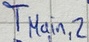
Text: TMain,2